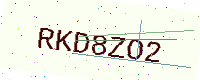
Text: RKD8ZO2